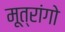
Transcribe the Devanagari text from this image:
मूत्रांगो